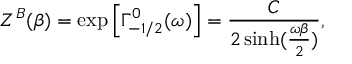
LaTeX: Z ^ { B } ( \beta ) = \exp \left[ \Gamma _ { - 1 / 2 } ^ { 0 } ( \omega ) \right] = { \frac { C } { 2 \sinh ( { \frac { \omega \beta } { 2 } } ) } } ,